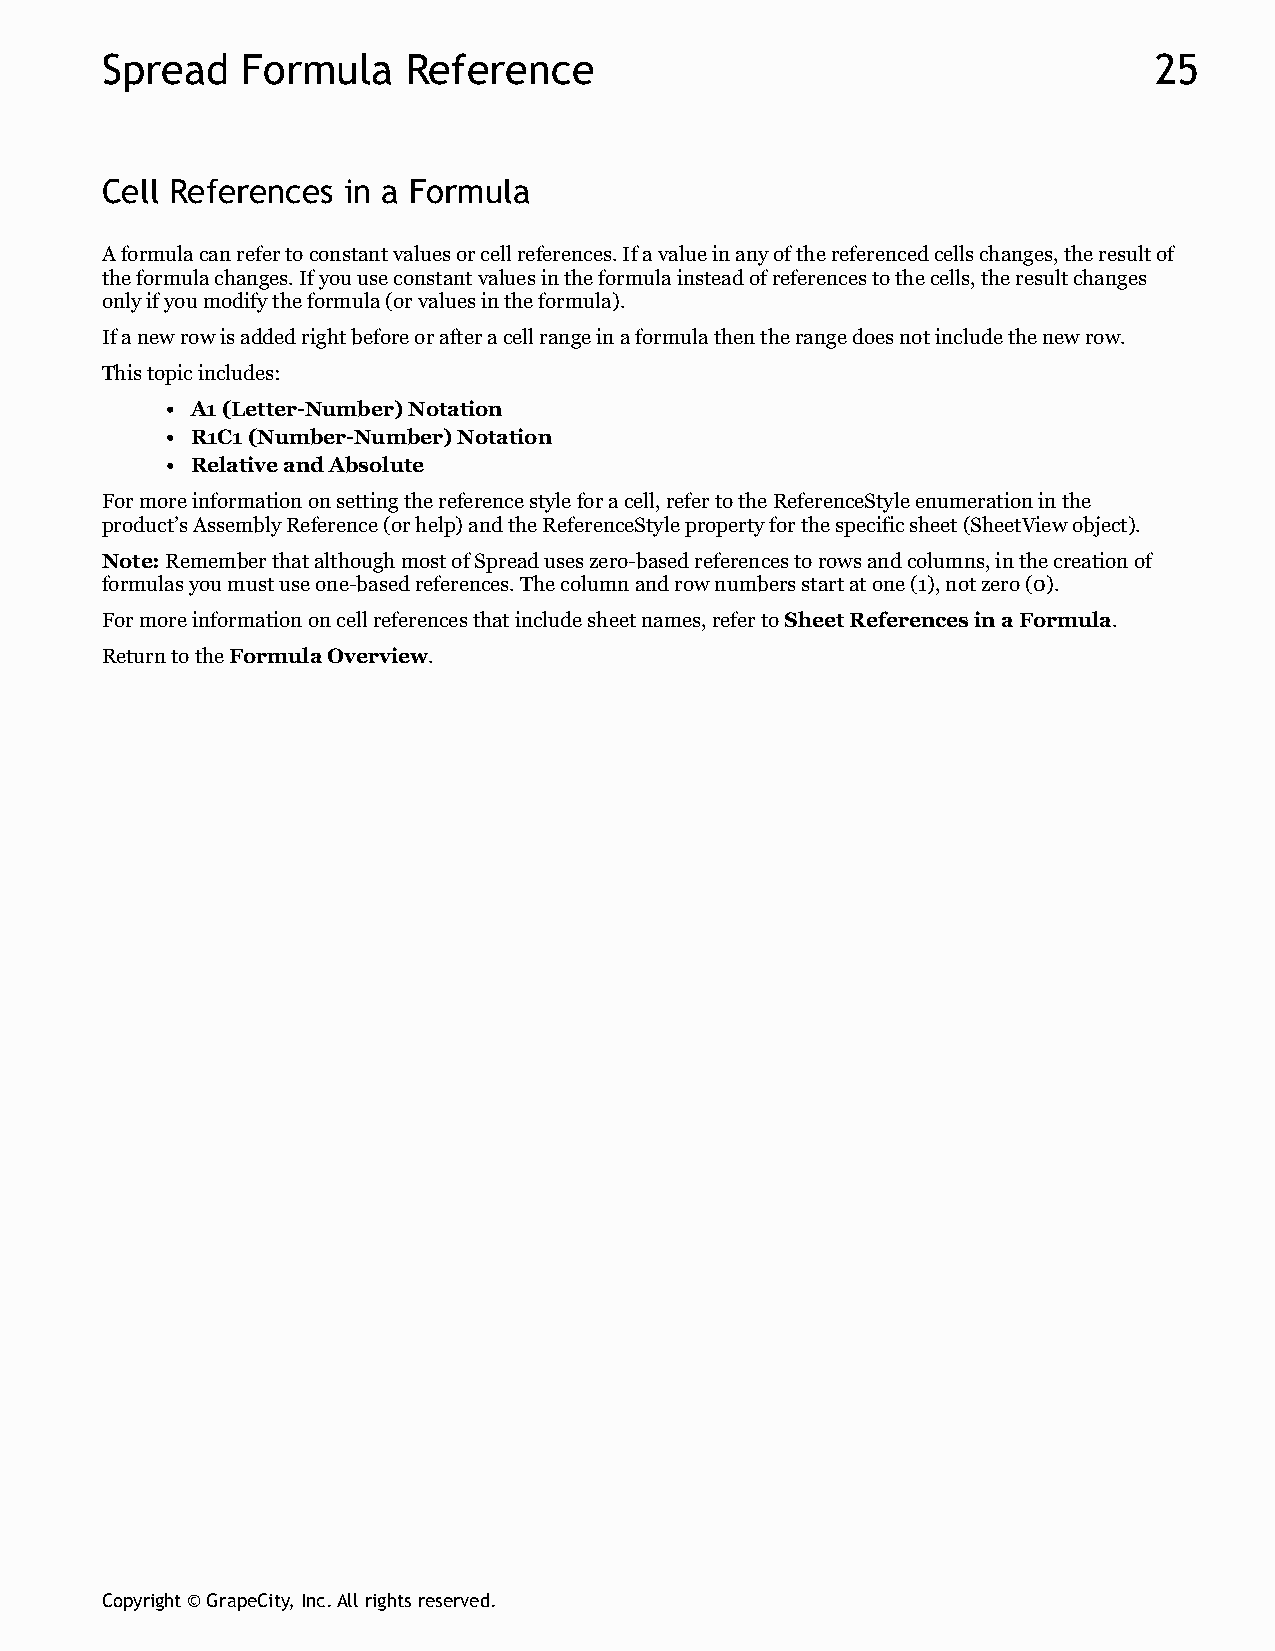
Spread   Formula    Reference                                        25
 Cell References in a Formula
 A formula can refer to constant values or cell references. If a value in any of the referenced cells changes, the result of
 the formula changes. If you use constant values in the formula instead of references to the cells, the result changes
 only if you modify the formula (or values in the formula).
 If a new row is added right before or after a cell range in a formula then the range does not include the new row.
 This topic includes:
 A1 (Letter-Number) Notation
 R1C1 (Number-Number) Notation
 Relative and Absolute
 For more information on setting the reference style for a cell, refer to the ReferenceStyle enumeration in the
 product’s Assembly Reference (or help) and the ReferenceStyle property for the specific sheet (SheetView object).
 Note: Remember that although most of Spread uses zero-based references to rows and columns, in the creation of
 formulas you must use one-based references. The column and row numbers start at one (1), not zero (0).
 For more information on cell references that include sheet names, refer to Sheet References in a Formula.
 Return to the Formula Overview.
 Copyright © GrapeCity, Inc. All rights reserved.